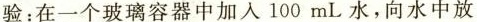
验：在一个玻璃容器中加入100mL水，向水中放